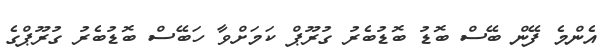
އެންމެ ފޭން ބޭސް ބޮޑު ބޮޑުބެރު ގުރޫޕް ކަމަށްވާ ހަބޭސް ބޮޑުބެރު ގުރޫޕްގެ